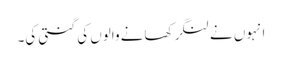
انہوں نے لنگر کھانے والوں کی گنتی کی۔